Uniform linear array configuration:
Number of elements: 64
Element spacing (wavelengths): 0.5
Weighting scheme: uniform
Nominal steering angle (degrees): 45
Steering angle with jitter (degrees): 44.148
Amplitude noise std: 0.05
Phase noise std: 0.05

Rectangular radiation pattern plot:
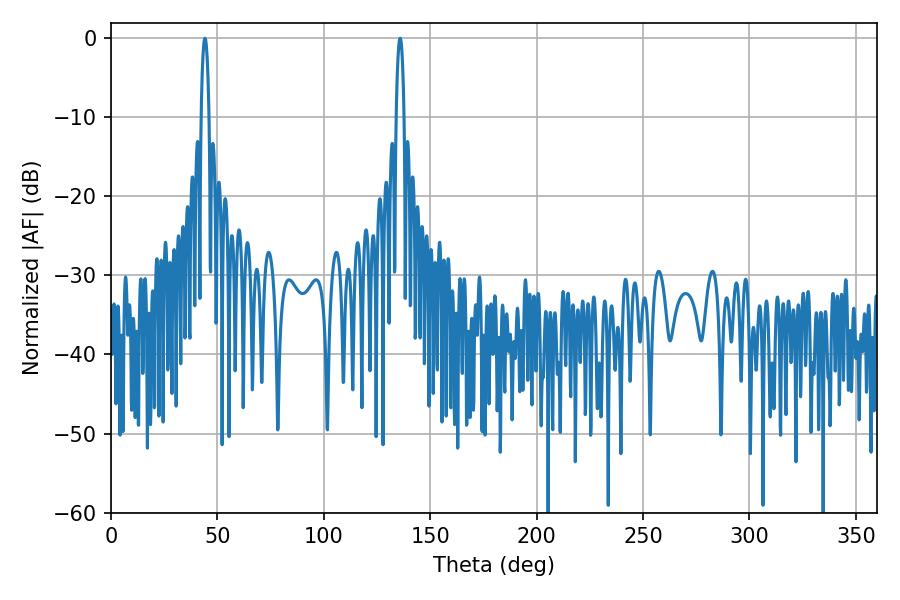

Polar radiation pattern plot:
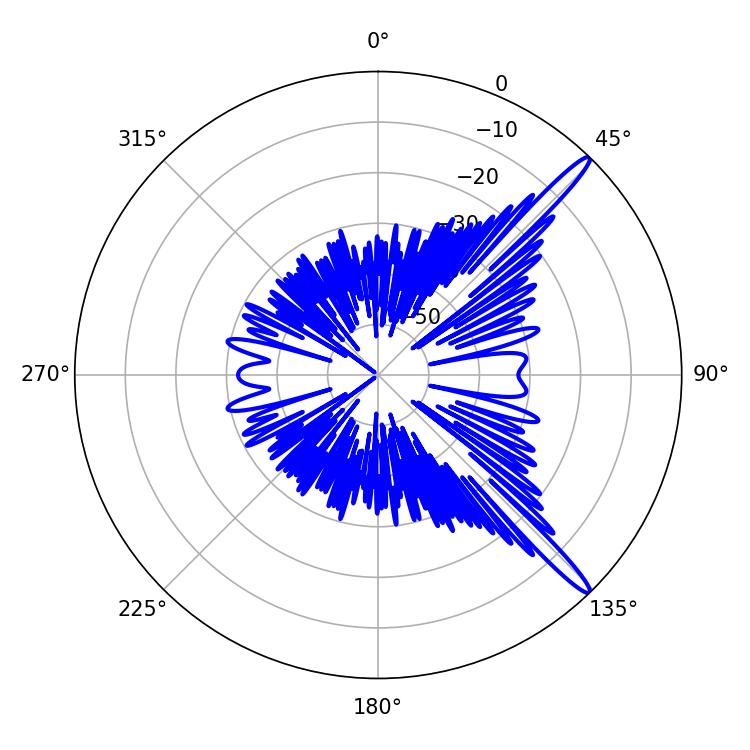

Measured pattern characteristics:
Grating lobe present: FALSE
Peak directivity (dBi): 15.206
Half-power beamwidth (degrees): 1.98
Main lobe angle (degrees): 44.1